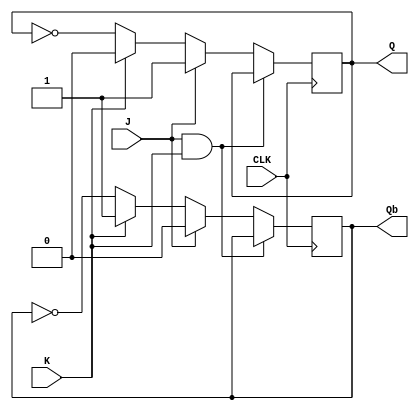
module jk_flipflop (
   input J, //set input
   input K, //reset input
   input CLK, //clock input
   output reg Q, //output
   output reg Qb //complement output
);

   always @(posedge CLK)
   begin
      if (J && K) begin
          Q <= Q;
          Qb <= Qb;
      end
      else if (J) begin
          Q <= 1;
          Qb <= 0;
      end
      else if (K) begin
          Q <= 0;
          Qb <= 1;
      end
      else begin
          Q <= ~Q;
          Qb <= ~Qb;
      end
   end

endmodule